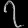
Digit: ၇